Report of the Municipal Commissioner on the plague in Bombay for the year ending 31st May... - Volume 1
Disease focus: Plague
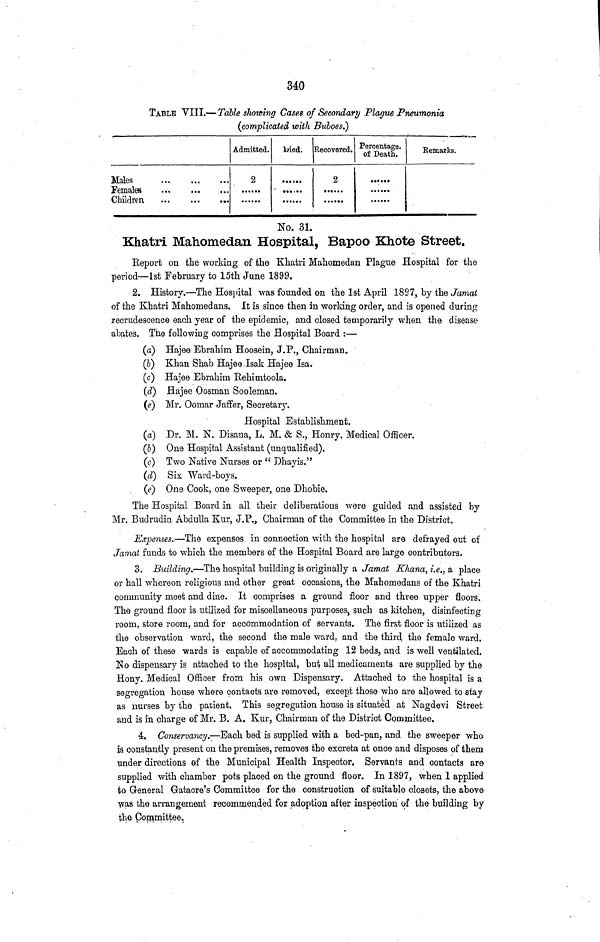
340
TABLE VIII.—Table showing Cases of Secondary Plague Pneumonia
(complicated with Buboes.)
Males
Females
Children
Admitted.
2
Died. Recovered.
2
Percentage,
of Death.
······ ......
Remarks.
No. 31.
Khatri Mahomedan Hospital, Bapoo Khote Street.
Report on the working of the Khatri Mahomedan Plague Hospital for the
period—1st February to 15th June 1899.
2. History.—The Hospital was founded on the 1st April 1897, by the Jamat
of the Khatri Mahomed ans. It is since then in working order, and is opened during
recrudescence each year of the epidemic, and closed temporarily when the disease
abates. The following comprises the Hospital Board :—
(a) Hajee Ebrahim Hoosein, J.P., Chairman.
(b) Khan Shab Hajee Isak Hajee Isa.
(c) Hajee Ebrahim Rehimtoola.
(d) flajee Oosman Sooleman.
(e) Mr. Oomar Jaffer, Secretary.
Hospital Establishment.
(a) Dr. M. N. Disana, L. M. & S., Honry. Medical Officer,
(b) One Hospital Assistant (unqualified).
(c) Two Native Nurses or " Dhayis."
(d) Six Ward-boys.
(e) One Cook, one S\veeper, one Dhobie.
The Hospital Board in all their deliberations were guided and assisted by
Mr. Budrudin Abdulla Kur, J.P., Chairman of the Committee in the District.
Expenses.—The expenses in connection with the hospital are defrayed out of
Jamat funds to which the members of the Hospital Board are large contributors,
3. Building.—The hospital building is originally a Jamat Khana, i.e., a place
or hall whereon religious and other great occasions, the Mahomedans of the Khatri
community meet and dine. It comprises a ground floor and three upper floors.
The ground floor is utilized for miscellaneous purposes, such as kitchen, disinfecting
room, store room, and for accommodation of servants. The first floor is utilized as
the observation ward, the second the male ward, and the third the female ward.
Each of these wards is capable of accommodating 12 beds, and is well ventilated.
No dispensary is attached to the hospital, but all medicaments are supplied by the
Hony. Medical Officer from his own Dispensary. Attached to the hospital is a
segregation house where contacts are removed, except those who are allowed to stay
as nurses by the patient. This segregation house is situated at Nagdevi Street
and is in charge of Mr. B. A. Kur, Chairman of the District Committee.
4. Conservancy.—Each bed is supplied with a bed-pan, and the sweeper who
is constantly present on the premises, removes the excreta at once and disposes of them
under directions of the Municipal Health Inspector. Servants and contacts are
supplied with chamber pots placed on the ground floor. In 1897, when 1 applied
to General Gatacre's Committee for the construction of suitable closets, the above
was the arrangement recommended for adoption after inspection of the building by
the Committee.